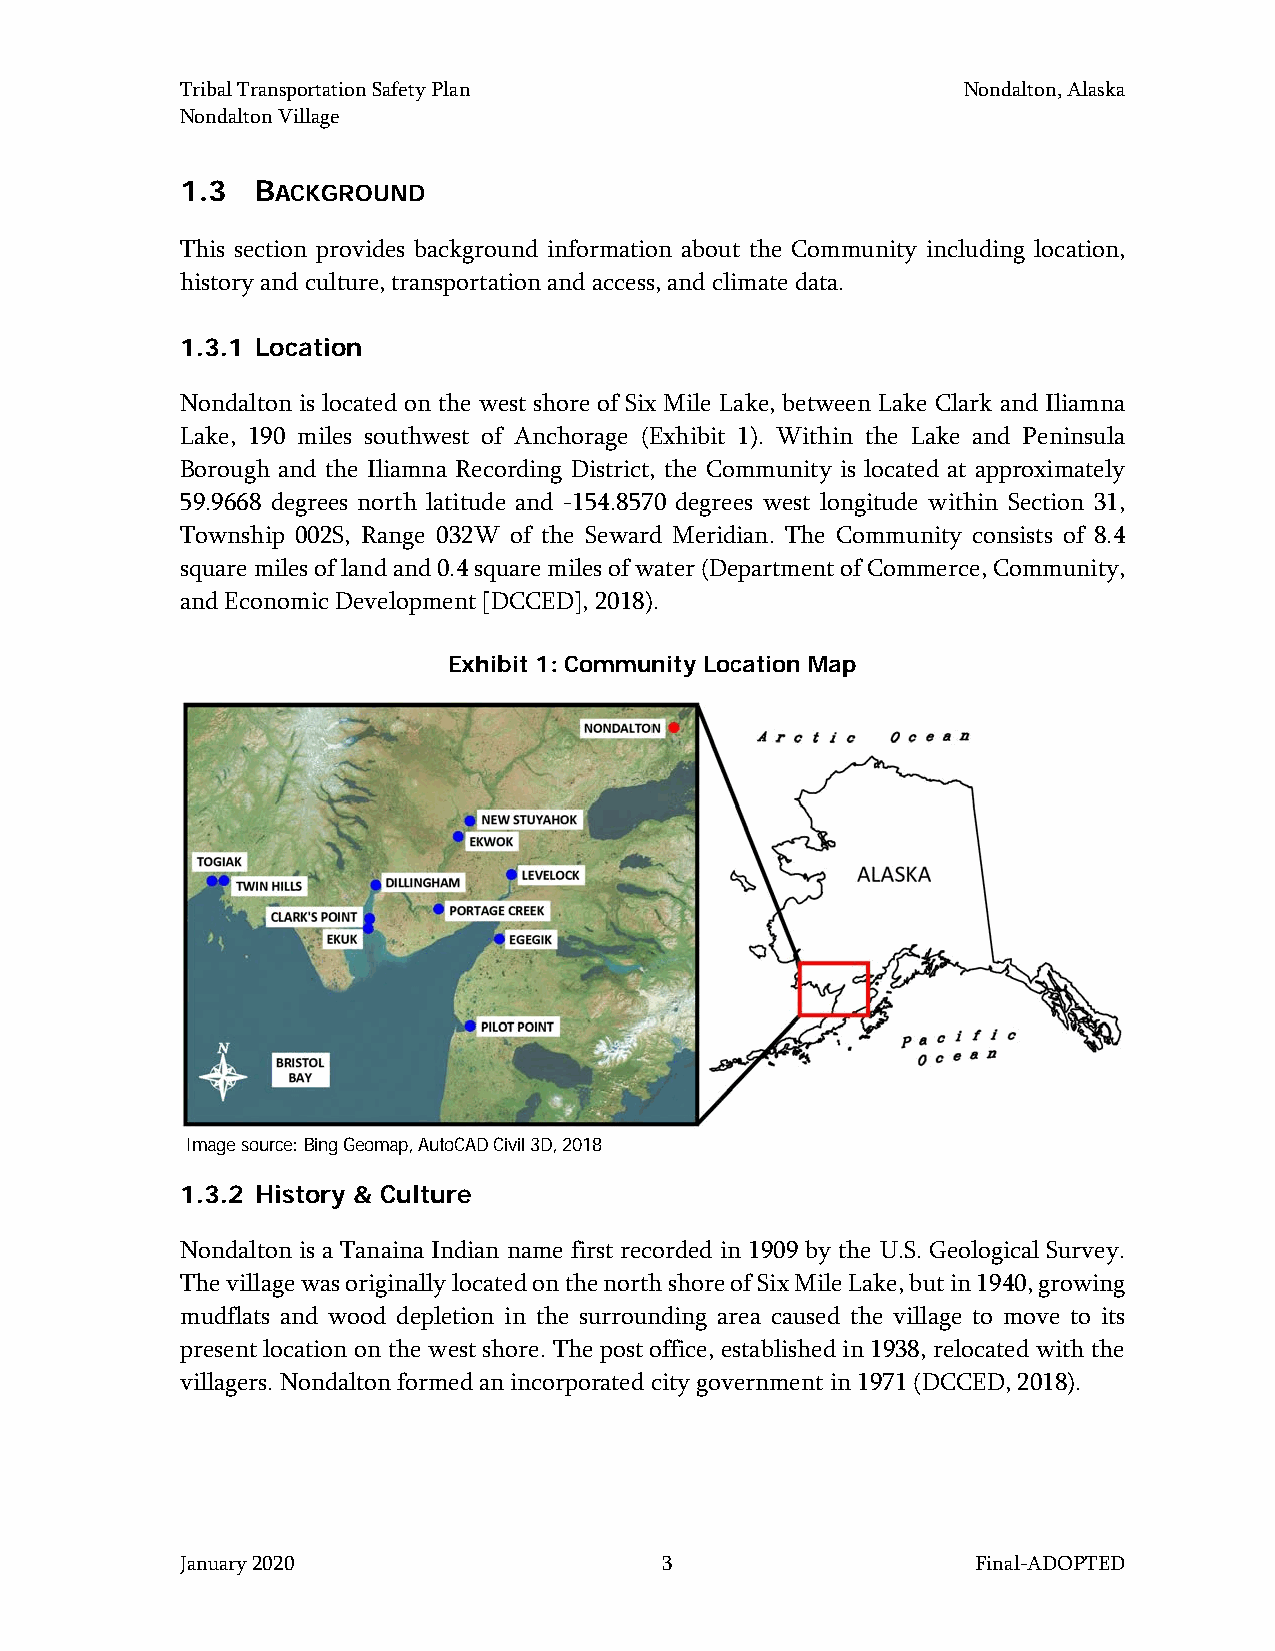
Tribal Transportation Safety Plan                   Nondalton, Alaska
 Nondalton Village
 1.3  BACKGROUND
 This section provides background information about the Community including location,
 history and culture, transportation and access, and climate data.
 1.3.1 Location
 Nondalton is located on the west shore of Six Mile Lake, between Lake Clark and Iliamna
 Lake, 190 miles southwest of Anchorage (Exhibit 1). Within the Lake and Peninsula
 Borough and the Iliamna Recording District, the Community is located at approximately
 59.9668 degrees north latitude and -154.8570 degrees west longitude within Section 31,
 Township 002S, Range 032W of the Seward Meridian. The Community consists of 8.4
 square miles of land and 0.4 square miles of water (Department of Commerce, Community,
 and Economic Development [DCCED], 2018).
 Exhibit 1: Community Location Map
 Image source: Bing Geomap, AutoCAD Civil 3D, 2018
 1.3.2 History & Culture
 Nondalton is a Tanaina Indian name first recorded in 1909 by the U.S. Geological Survey.
 The village was originally located on the north shore of Six Mile Lake, but in 1940, growing
 mudflats and wood depletion in the surrounding area caused the village to move to its
 present location on the west shore. The post office, established in 1938, relocated with the
 villagers. Nondalton formed an incorporated city government in 1971 (DCCED, 2018).
 January 2020                    3                    Final-ADOPTED